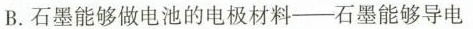
B.石墨能够做电池的电极材料-石墨能够导电